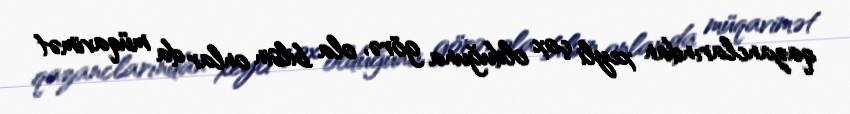
qazanclarından xeyli çox olduğuna görə, ola bilsin onlar da müqavimət